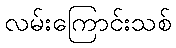
လမ်းကြောင်းသစ်